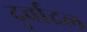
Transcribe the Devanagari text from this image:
दुर्वादल